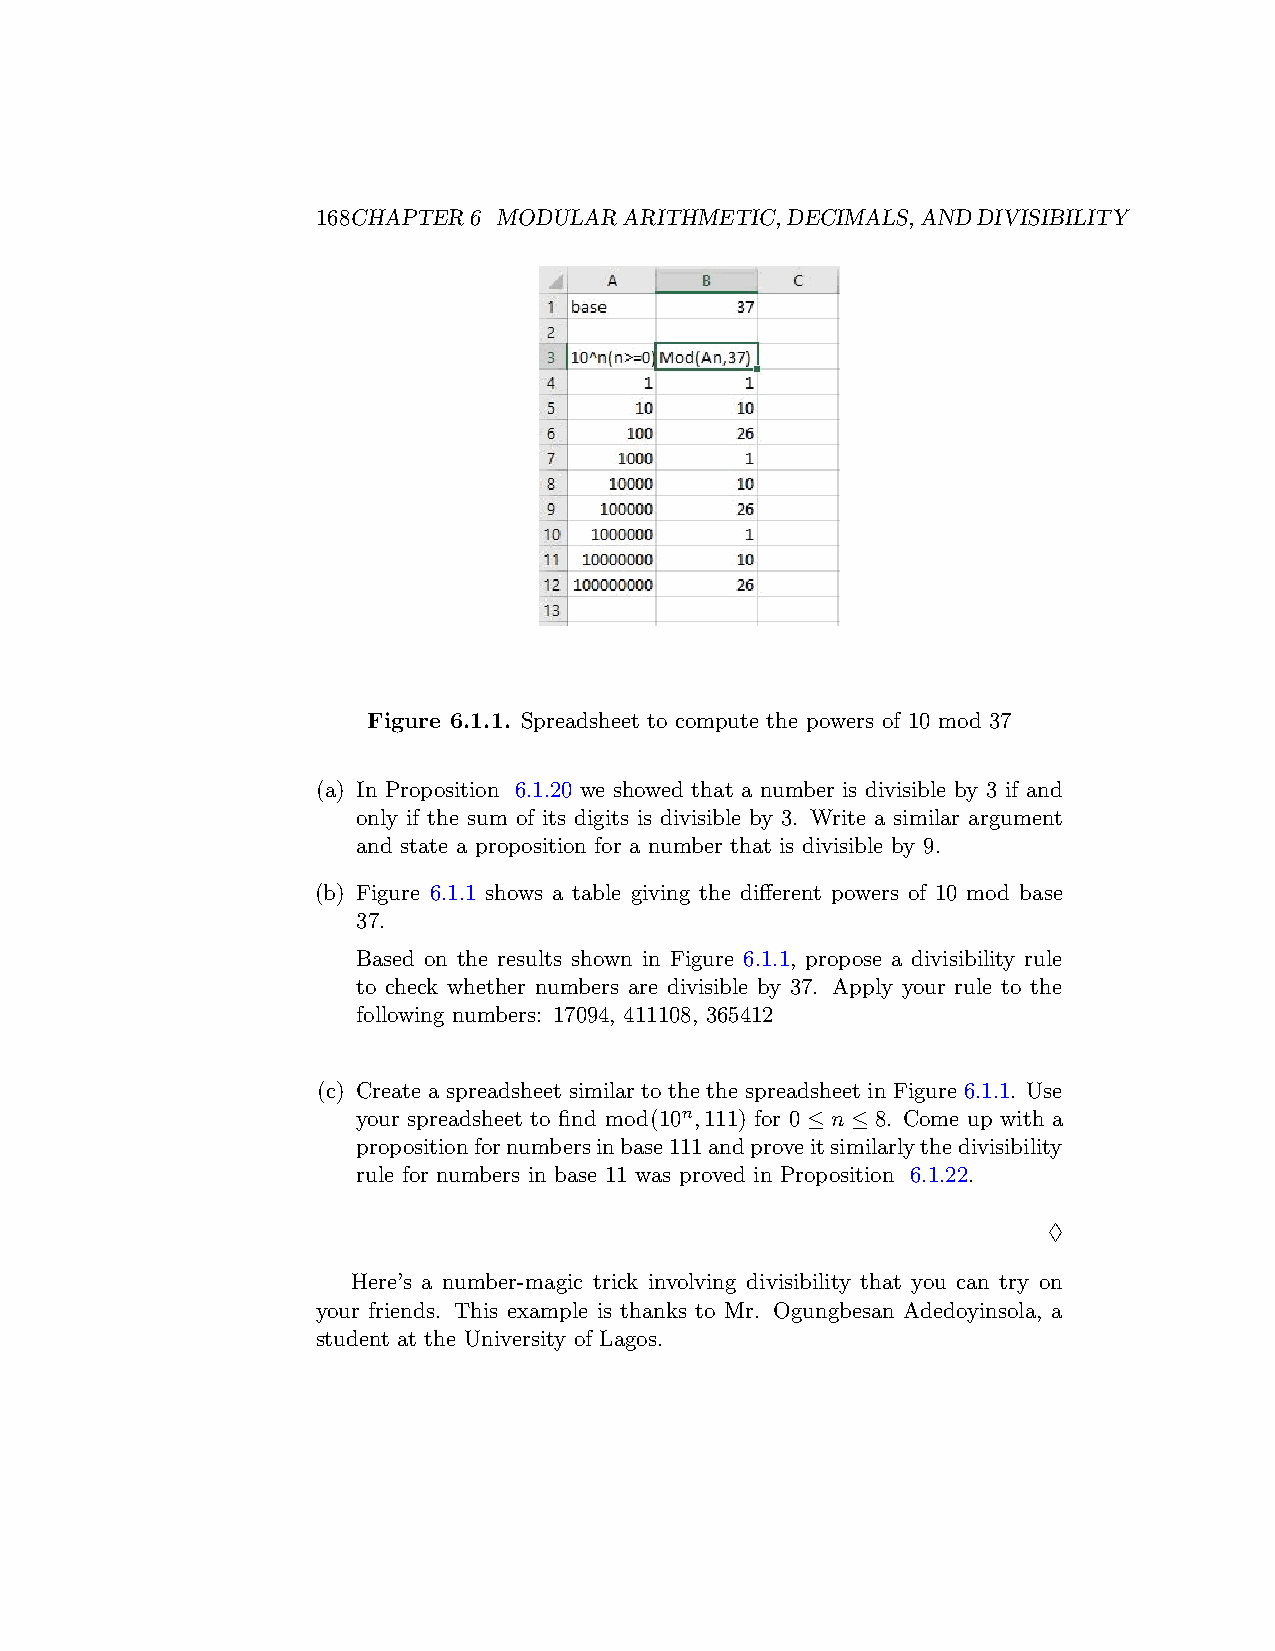
168CHAPTER6 MODULARARITHMETIC,DECIMALS,ANDDIVISIBILITY
 Figure 6.1.1. Spreadsheet to compute the powers of 10 mod 37
 (a) In Proposition 6.1.20 we showed that a number is divisible by 3 if and
 only if the sum of its digits is divisible by 3. Write a similar argument
 and state a proposition for a number that is divisible by 9.
 (b) Figure 6.1.1 shows a table giving the different powers of 10 mod base
 37.
 Based on the results shown in Figure 6.1.1, propose a divisibility rule
 to check whether numbers are divisible by 37. Apply your rule to the
 following numbers: 17094, 411108, 365412
 (c) Create a spreadsheet similar to the the spreadsheet in Figure 6.1.1. Use
 your spreadsheet to find mod(10n,111) for 0 ≤ n ≤ 8. Come up with a
 propositionfornumbersinbase111andproveitsimilarlythedivisibility
 rule for numbers in base 11 was proved in Proposition 6.1.22.
 ♢
 Here’s a number-magic trick involving divisibility that you can try on
 your friends. This example is thanks to Mr. Ogungbesan Adedoyinsola, a
 student at the University of Lagos.